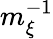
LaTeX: m_{\xi}^{-1}